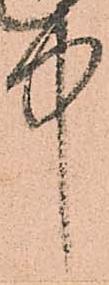
中